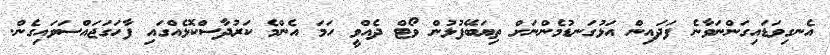
އެނގިވަޑައިގަންނަވާނެ ފަދައިން އަޅުގަނޑުމެންނަށް ތިޔަބޭފުޅުން ވޯޓް ދެއްވީ ހަމަ އެންމެ ކަރުދާސްކޮޅެއްގައި ފާހަގަޖައްސަވައިގެން.